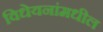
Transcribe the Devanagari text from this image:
विधेयनांमधील